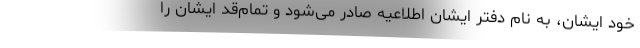
خود ایشان، به نام دفتر ایشان اطلاعیه صادر می‌شود و تمام‌قد ایشان را